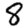
Digit: 8